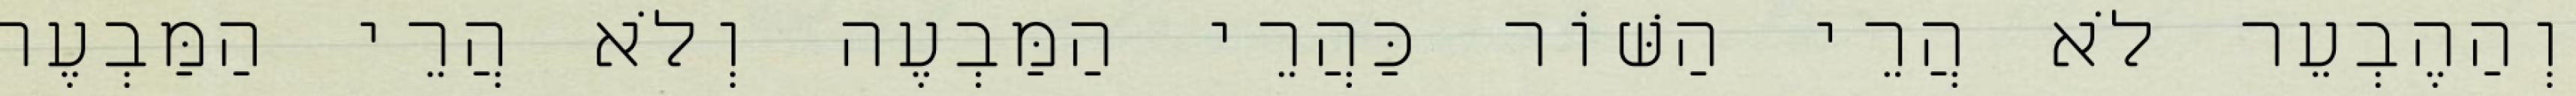
וְהַהֶבְעֵר לֹא הֲרֵי הַשּׁוֹר כַּהֲרֵי הַמַּבְעֶה וְלֹא הֲרֵי הַמַּבְעֶה